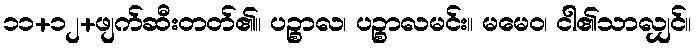
၁၁+၁၂+ဖျက်ဆီးတတ်၏။ ပဉ္စာလ၊ ပဉ္စာလမင်း။ မမေဝ၊ ငါ၏သာလျှင်။